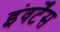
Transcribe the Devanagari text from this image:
इंवर्टेंस